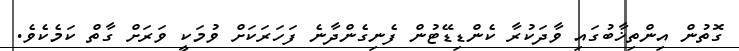
ގޮތުން އިންތިޚާބުގައި ވާދަކުރާ ކެންޑިޑޭޓުން ފެނިގެންދާނެ ފަހަރަކަށް ވުމަކީ ވަރަށް ގާތް ކަމެކެވެ.